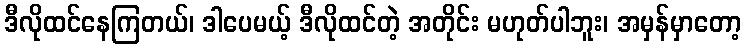
ဒီလိုထင်နေကြတယ်၊ ဒါပေမယ့် ဒီလိုထင်တဲ့ အတိုင်း မဟုတ်ပါဘူး၊ အမှန်မှာတော့